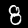
Label: 8